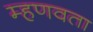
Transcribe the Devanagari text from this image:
म्हणवता